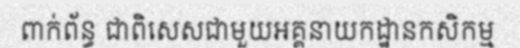
ពាក់ព័ន្ធ ជាពិសេសជាមួយអគ្គនាយកដ្ឋានកសិកម្ម